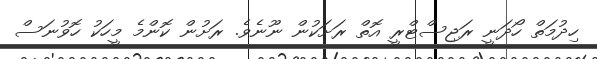
ހިދުމަތް ހޯދަނީ ރަޖިސްޓްރީ އޮތް ރަށަކުން ނޫނެވެ. ރަށުން ކޮންމެ މީހަކު ހޮވުނަސް